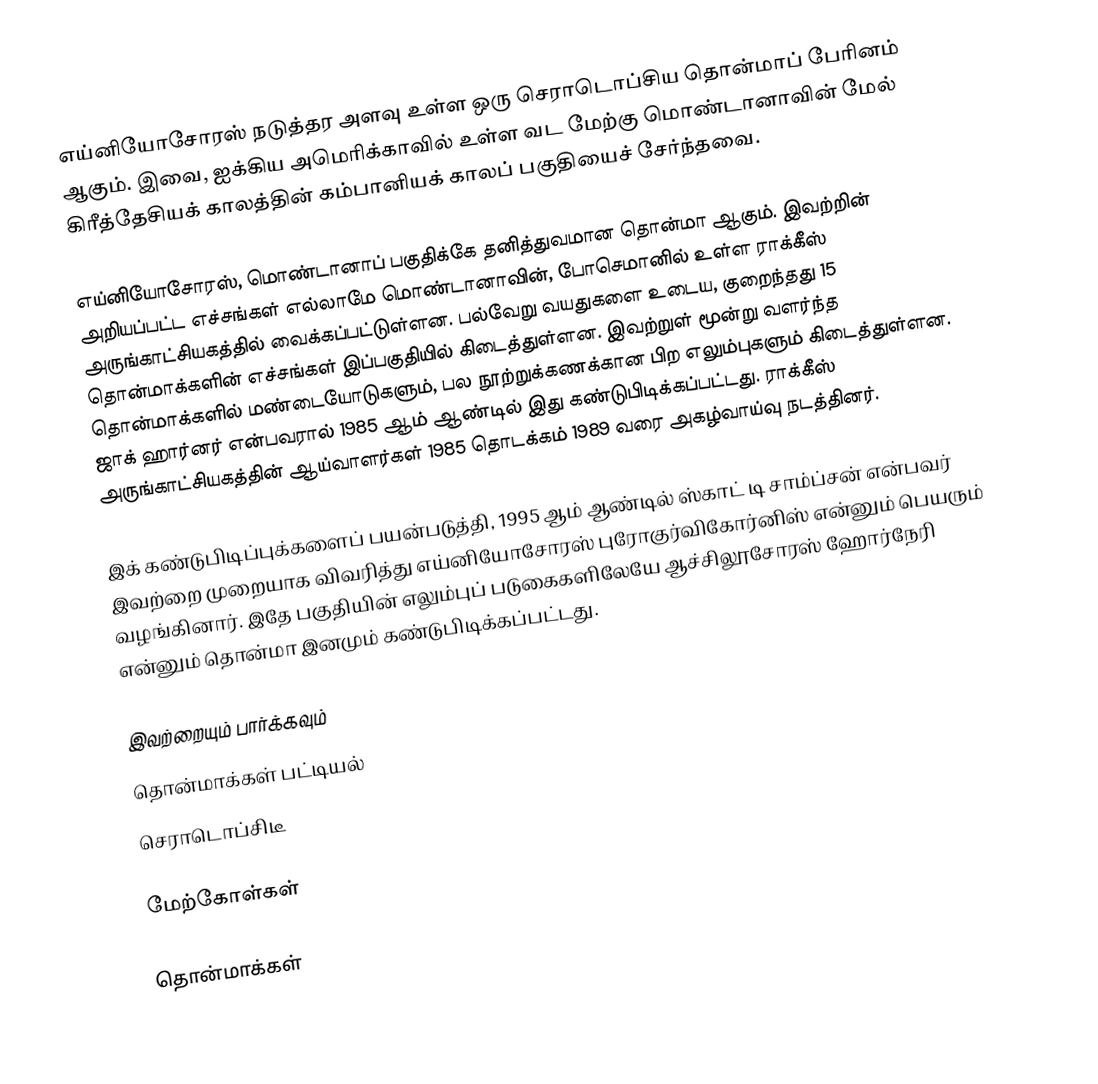
எய்னியோசோரஸ் நடுத்தர அளவு உள்ள ஒரு செராடொப்சிய தொன்மாப் பேரினம் ஆகும். இவை, ஐக்கிய அமெரிக்காவில் உள்ள வட மேற்கு மொண்டானாவின் மேல் கிரீத்தேசியக் காலத்தின் கம்பானியக் காலப் பகுதியைச் சேர்ந்தவை.

எய்னியோசோரஸ், மொண்டானாப் பகுதிக்கே தனித்துவமான தொன்மா ஆகும். இவற்றின் அறியப்பட்ட எச்சங்கள் எல்லாமே மொண்டானாவின், போசெமானில் உள்ள ராக்கீஸ் அருங்காட்சியகத்தில் வைக்கப்பட்டுள்ளன. பல்வேறு வயதுகளை உடைய, குறைந்தது 15 தொன்மாக்களின் எச்சங்கள் இப்பகுதியில் கிடைத்துள்ளன. இவற்றுள் மூன்று வளர்ந்த தொன்மாக்களில் மண்டையோடுகளும், பல நூற்றுக்கணக்கான பிற எலும்புகளும் கிடைத்துள்ளன. ஜாக் ஹார்னர் என்பவரால் 1985 ஆம் ஆண்டில் இது கண்டுபிடிக்கப்பட்டது. ராக்கீஸ் அருங்காட்சியகத்தின் ஆய்வாளர்கள் 1985 தொடக்கம் 1989 வரை அகழ்வாய்வு நடத்தினர்.

இக் கண்டுபிடிப்புக்களைப் பயன்படுத்தி, 1995 ஆம் ஆண்டில் ஸ்காட் டி சாம்ப்சன் என்பவர் இவற்றை முறையாக விவரித்து எய்னியோசோரஸ் புரோகுர்விகோர்னிஸ் என்னும் பெயரும் வழங்கினார். இதே பகுதியின் எலும்புப் படுகைகளிலேயே ஆச்சிலூசோரஸ் ஹோர்நேரி என்னும் தொன்மா இனமும் கண்டுபிடிக்கப்பட்டது.

இவற்றையும் பார்க்கவும்
 தொன்மாக்கள் பட்டியல்
 செராடொப்சிடீ

மேற்கோள்கள்

தொன்மாக்கள்